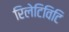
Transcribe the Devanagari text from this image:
रिलेटिविटि